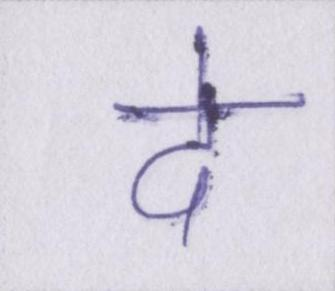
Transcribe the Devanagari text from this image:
दे